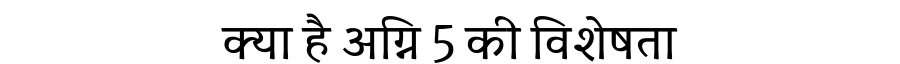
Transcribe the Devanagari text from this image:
क्या है अग्नि 5 की विशेषता